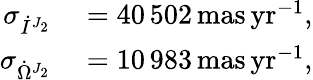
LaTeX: \begin{array}{rl}{\sigma_{\dot{I}^{J_{2}}}}&{{}=40\, 502\, \mathrm{mas\, yr}^{-1},}\\ {\sigma_{\dot{\Omega}^{J_{2}}}}&{{}=10\, 983\, \mathrm{mas\, yr}^{-1},}\end{array}